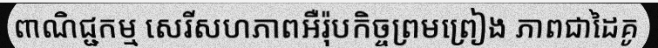
ពាណិជ្ជកម្ម សេរីសហភាពអឺរ៉ុបកិច្ចព្រមព្រៀង ភាពជាដៃគូ